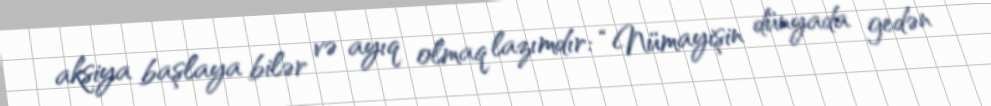
aksiya başlaya bilər və ayıq olmaq lazımdır: “Nümayişin dünyada gedən